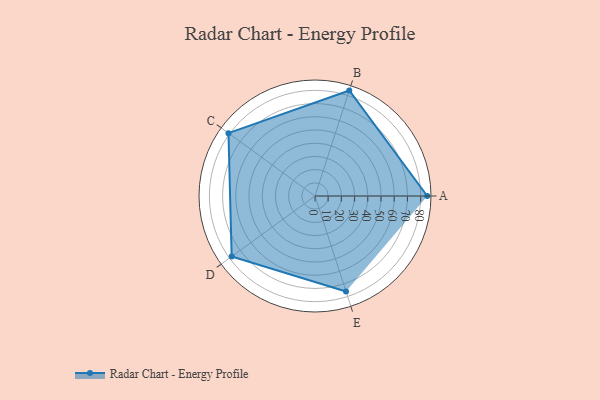
{"axis": {"x": "Skill", "y": "Score"}, "legend": ["Profile"], "data": [{"x": "A", "y": 85.0, "type": "Profile"}, {"x": "B", "y": 84.0, "type": "Profile"}, {"x": "C", "y": 81.0, "type": "Profile"}, {"x": "D", "y": 78.0, "type": "Profile"}, {"x": "E", "y": 76.0, "type": "Profile"}]}